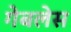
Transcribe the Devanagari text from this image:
गेबलेस